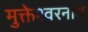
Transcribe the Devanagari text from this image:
मुक्तेश्वरनाथ